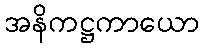
အနိကဋ္ဌကာယော